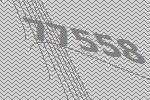
77558